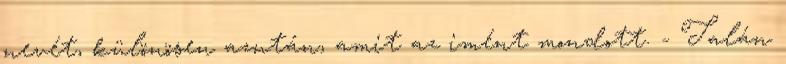
nevét, különösen azután, amit az imént mondott. - Talán